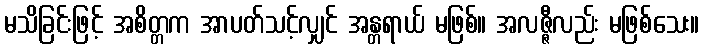
မသိခြင်းဖြင့် အစိတ္တက အာပတ်သင့်လျှင် အန္တရာယ် မဖြစ်။ အလဇ္ဇီလည်း မဖြစ်သေး။